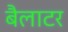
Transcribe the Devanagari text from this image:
बैलाटर